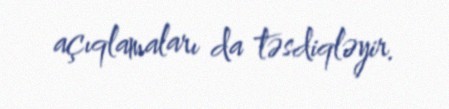
açıqlamaları da təsdiqləyir.